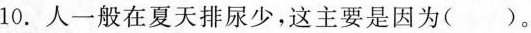
10.人一般在夏天排尿少，这主要是因为()。